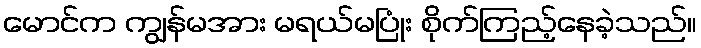
မောင်က ကျွန်မအား မရယ်မပြုံး စိုက်ကြည့်နေခဲ့သည်။